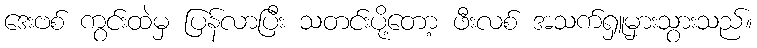
ဒေးဗစ် ကွင်းထဲမှ ပြန်လာပြီး သတင်းပို့တော့ ဖီးလစ် အသက်ရှူမှားသွားသည်။